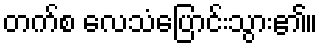
တက်စ လေသံပြောင်းသွား၏။